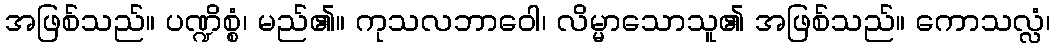
အဖြစ်သည်။ ပဏ္ဍိစ္စံ၊ မည်၏။ ကုသလဘာဝေါ၊ လိမ္မာသောသူ၏ အဖြစ်သည်။ ကောသလ္လံ၊